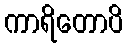
ကာရိတောပိ